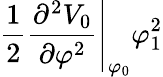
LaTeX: \left.\frac{1}{2}\frac{\partial^{2}V_{0}}{\partial\varphi^{2}}\right|_{\varphi_{0}}\varphi_{1}^{2}